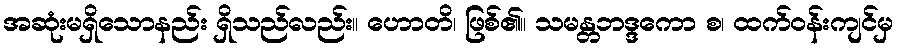
အဆုံးမရှိသောနည်း ရှိသည်လည်း။ ဟောတိ၊ ဖြစ်၏။ သမန္တဘဒ္ဒကော စ၊ ထက်ဝန်းကျင်မှ